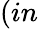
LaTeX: (in